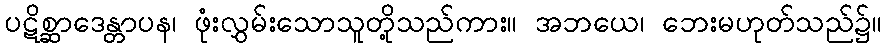
ပဋိစ္ဆာဒေန္တာပန၊ ဖုံးလွှမ်းသောသူတို့သည်ကား။ အဘယေ၊ ဘေးမဟုတ်သည်၌။